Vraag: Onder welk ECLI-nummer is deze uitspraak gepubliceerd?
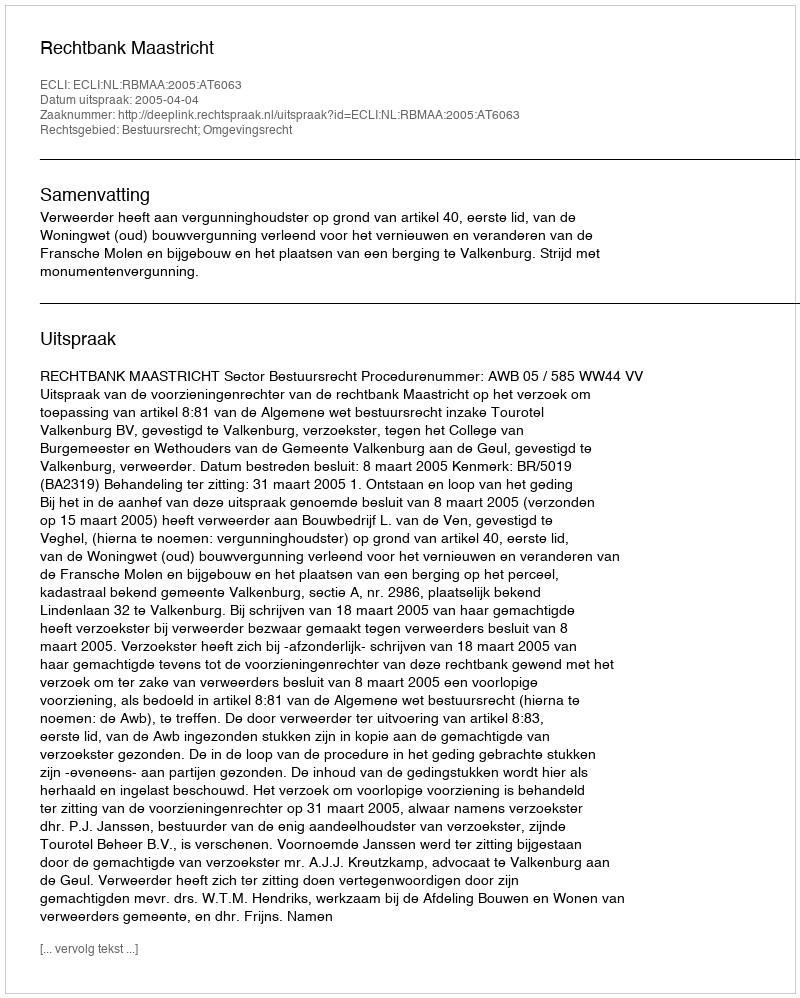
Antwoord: ECLI:NL:RBMAA:2005:AT6063